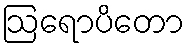
ဩရောပိတော